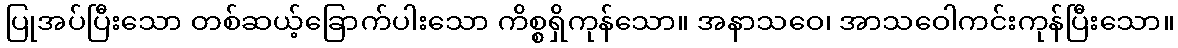
ပြုအပ်ပြီးသော တစ်ဆယ့်ခြောက်ပါးသော ကိစ္စရှိကုန်သော။ အနာသဝေ၊ အာသဝေါကင်းကုန်ပြီးသော။